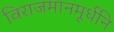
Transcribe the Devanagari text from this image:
विराजमानमूर्धनि